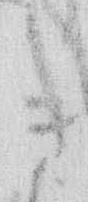
き